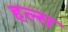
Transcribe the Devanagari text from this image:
हल्स